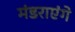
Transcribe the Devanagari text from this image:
मंडराएंगे